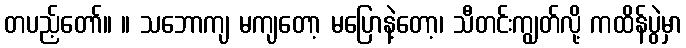
တပည့်တော်။ ။ သဘောကျ မကျတော့ မပြောနဲ့တော့၊ သီတင်းကျွတ်လို့ ကထိန်ပွဲမှာ